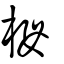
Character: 栂